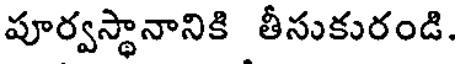
పూర్వస్థానానికి తీసుకురండి.